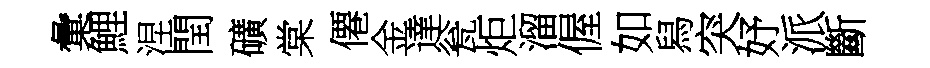
彙鯉涅閏礦棠僊金達瓮炬溜偓如舄突妤派斷